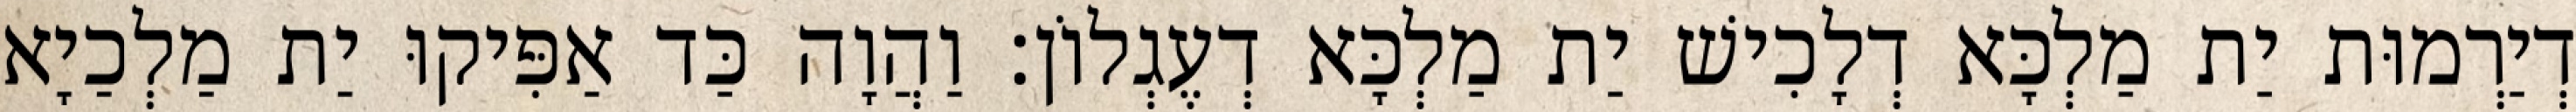
דְיַרְמוּת יַת מַלְכָּא דְלָכִישׁ יַת מַלְכָּא דְעֶגְלוֹן׃ וַהֲוָה כַּד אַפִּיקוּ יַת מַלְכַיָא